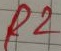
Text: R2